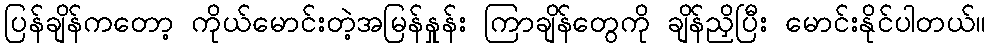
ပြန်ချိန်ကတော့ ကိုယ်မောင်းတဲ့အမြန်နှုန်း ကြာချိန်တွေကို ချိန်ညှိပြီး မောင်းနိုင်ပါတယ်။